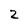
Character: 2